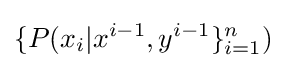
\{P(x_{i}|x^{i-1},y^{i-1}\}_{i=1}^{n})